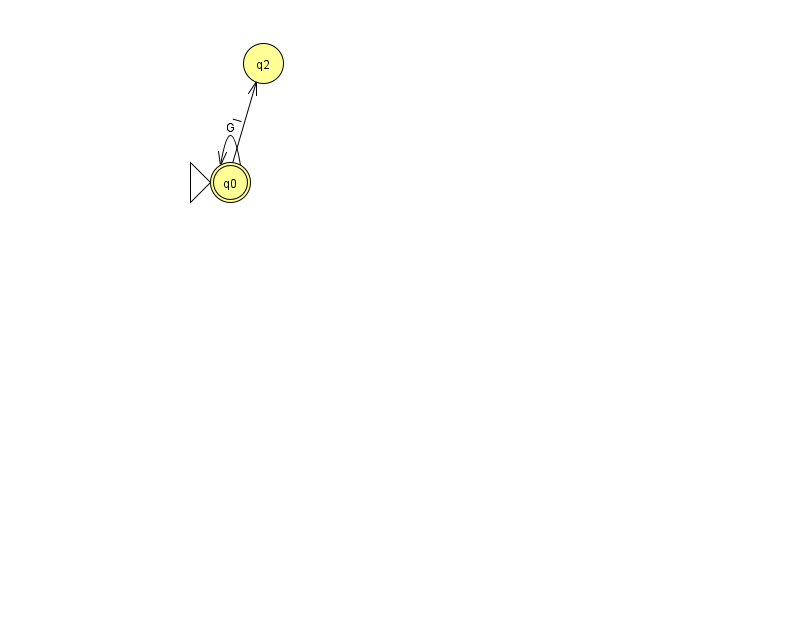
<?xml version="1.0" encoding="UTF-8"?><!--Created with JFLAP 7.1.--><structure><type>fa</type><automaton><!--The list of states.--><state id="0" name="q0"><x>230.0</x><y>169.0</y><initial/><final/></state><state id="2" name="q2"><x>263.0</x><y>50.0</y></state><!--The list of transitions.--><transition><from>0</from><to>0</to><read>G</read></transition><transition><from>0</from><to>2</to><read>I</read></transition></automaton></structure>